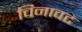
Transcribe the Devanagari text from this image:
चिनावट